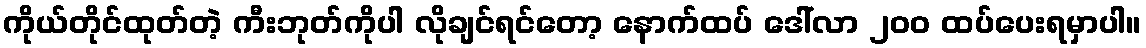
ကိုယ်တိုင်ထုတ်တဲ့ ကီးဘုတ်ကိုပါ လိုချင်ရင်တော့ နောက်ထပ် ဒေါ်လာ ၂၀၀ ထပ်ပေးရမှာပါ။